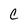
Character: C